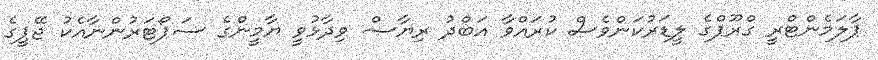
ޕާލަމެންޓްރީ ގްރޫޕްގެ ލީޑަރުކަންވެސް ކުރައްވާ އަބްދު ރިޔާޟް ވިދާޅުވީ ޔާމީންގެ ސަޕޯޓަރުންނާއެކު ޖޭޕީގެ